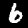
Digit: 6